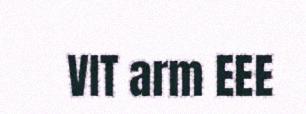
VIT arm EEE